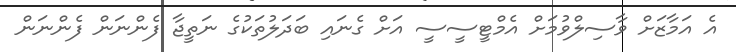
އެ އަމާޒަށް ވާސިލްވުމަށް އެމްޓީސީސީ އަށް ގެނައި ބަދަލުތަކުގެ ނަތީޖާ ފެންނަން ފެންނަން